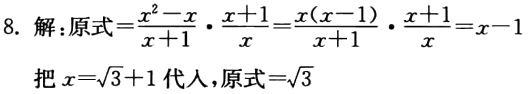
8. 解：原式\(=\frac{x^{2}-x}{x + 1}\cdot\frac{x + 1}{x}=\frac{x(x - 1)}{x + 1}\cdot\frac{x + 1}{x}=x - 1\)

把\(x = \sqrt{3}+1\)代入，原式\(=\sqrt{3}\)